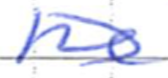
Text: he
Cross-out: diagonal
Writing tool: ballpoint